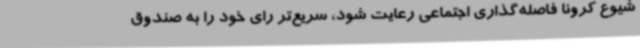
شیوع کرونا فاصله‌گذاری اجتماعی رعایت شود، سریع‌تر رای خود را به صندوق